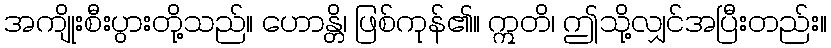
အကျိုးစီးပွားတို့သည်။ ဟောန္တိ၊ ဖြစ်ကုန်၏။ ဣတိ၊ ဤသို့လျှင်အပြီးတည်း။